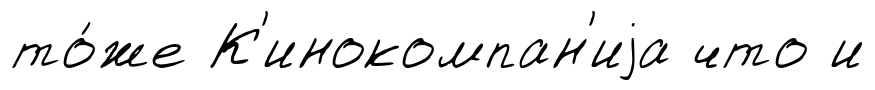
то́же К'инокомпан'иjа что и